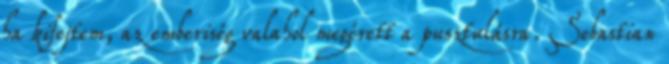
ha kifejtem, az emberiség valahol megérett a pusztulásra. Sebastian